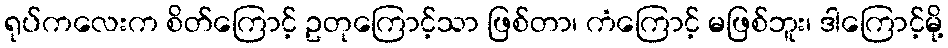
ရုပ်ကလေးက စိတ်ကြောင့် ဥတုကြောင့်သာ ဖြစ်တာ၊ ကံကြောင့် မဖြစ်ဘူး၊ ဒါကြောင့်မို့